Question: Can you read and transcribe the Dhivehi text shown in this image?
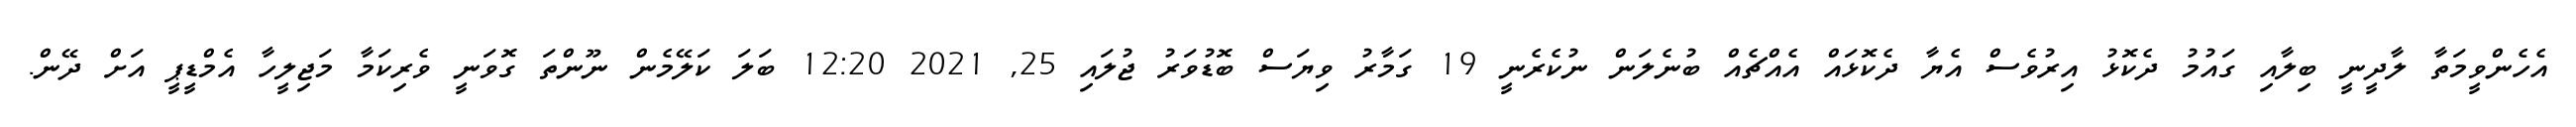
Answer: އެހެންވީމަތާ ލާދީނީ ބިލާއި ގައުމު ދެކޮޅު އިރުވެސް އެޔާ ދެކޮޅައް އެއްޗެއް ބުނެލަން ނުކެރެނީ 19 ގަމާރު ވިޔަސް ބޮޑުވަރު ޖުލައި 25, 2021 12:20 ބަލަ ކަލޭމެން ނޫންތަ ގޮވަނީ ވެރިކަމާ މަޖިލީހާ އެމްޑީޕީ އަށް ދޭން.